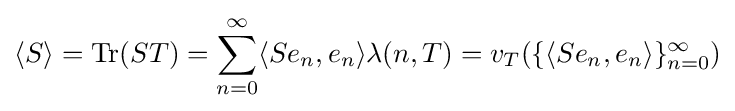
\langle S\rangle ={\rm {Tr}}(ST)=\sum _{n=0}^{\infty }\langle Se_{n},e_{n}\rangle \lambda (n,T)=v_{T}(\{\langle Se_{n},e_{n}\rangle \}_{n=0}^{\infty })